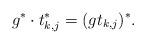
LaTeX: \begin{align*} g^* \cdot t_{k,j}^* = (gt_{k,j})^*.\end{align*}